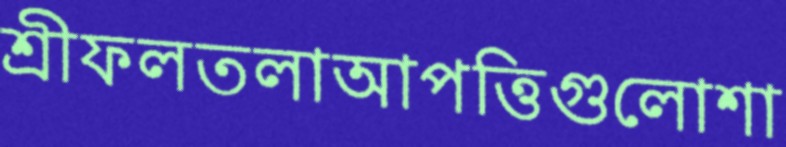
শ্রীফলতলাআপত্তিগুলোশা